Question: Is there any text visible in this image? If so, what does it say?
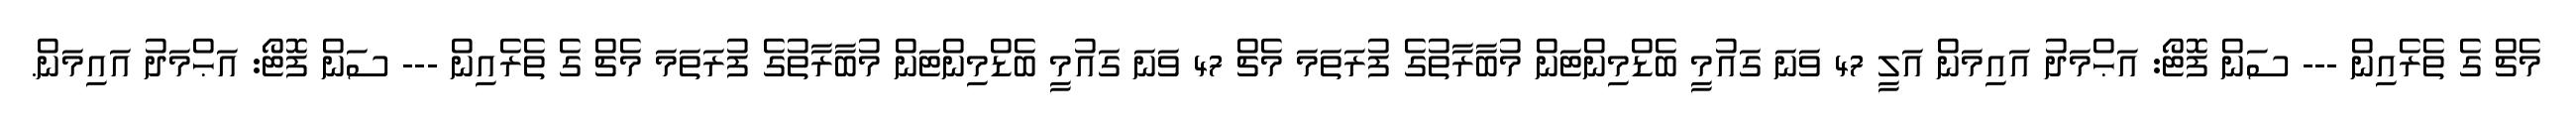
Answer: މެޗް ގެ ތެރެއިން --- ސަން ފޮޓޯ: އަޙްމަދު އައިމަން އަލީ 47 ވަނަ ގައުމީ ބެޑްމިންޓަން މުބާރާތުގެ ފުރަތަމަ މެޗް 47 ވަނަ ގައުމީ ބެޑްމިންޓަން މުބާރާތުގެ ފުރަތަމަ މެޗް ގެ ތެރެއިން --- ސަން ފޮޓޯ: އަޙްމަދު އައިމަން.